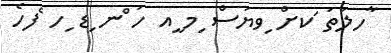
ާހލަތަ ަކށް ިވޔަސް ިމ ީއ ހަ ްނ ިޑ ިހ ެފހެ